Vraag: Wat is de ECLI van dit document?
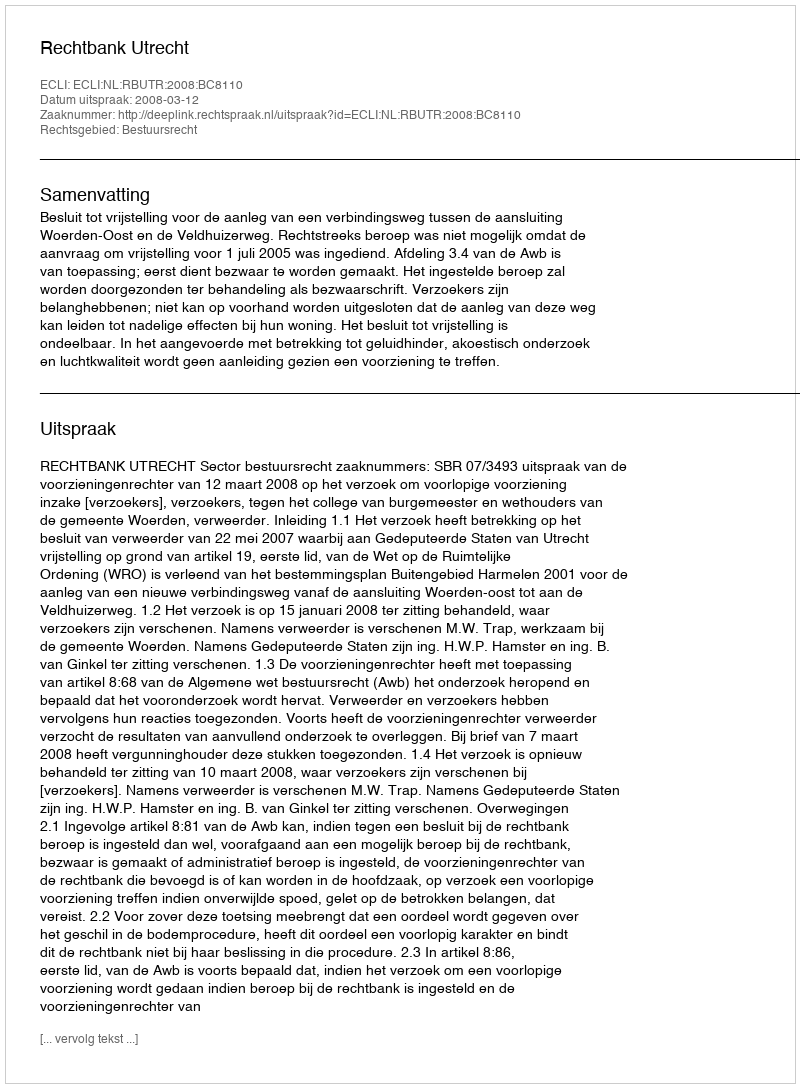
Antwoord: ECLI:NL:RBUTR:2008:BC8110